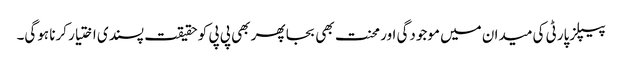
پیپلزپارٹی کی میدان میں موجودگی اور محنت بھی بجا پھر بھی پی پی کو حقیقت پسندی اختیار کرنا ہوگی۔